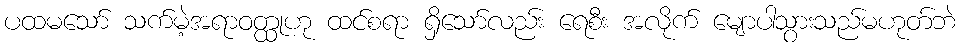
ပထမသော် သက်မဲ့အရာဝတ္ထုဟု ထင်စရာ ရှိသော်လည်း ရေစီး အလိုက် မျောပါသွားသည်မဟုတ်ဘဲ